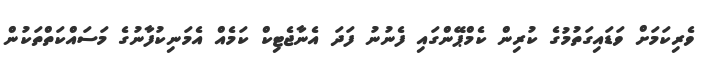
ވެރިކަމަށް ވަޑައިގަތުމުގެ ކުރިން ކެމްޕޭންގައި ފެނުނު ފަދަ އެނާޖެޓިކް ކަމެއް އެމަނިކުފާނުގެ މަސައްކަތްތަކުން